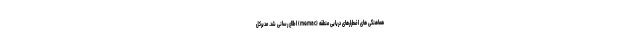
هماهنگی های اضطرارهای دریایی منطقه (memac) اطلاع رسانی شد. مدیرکل